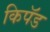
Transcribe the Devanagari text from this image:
किपॅड